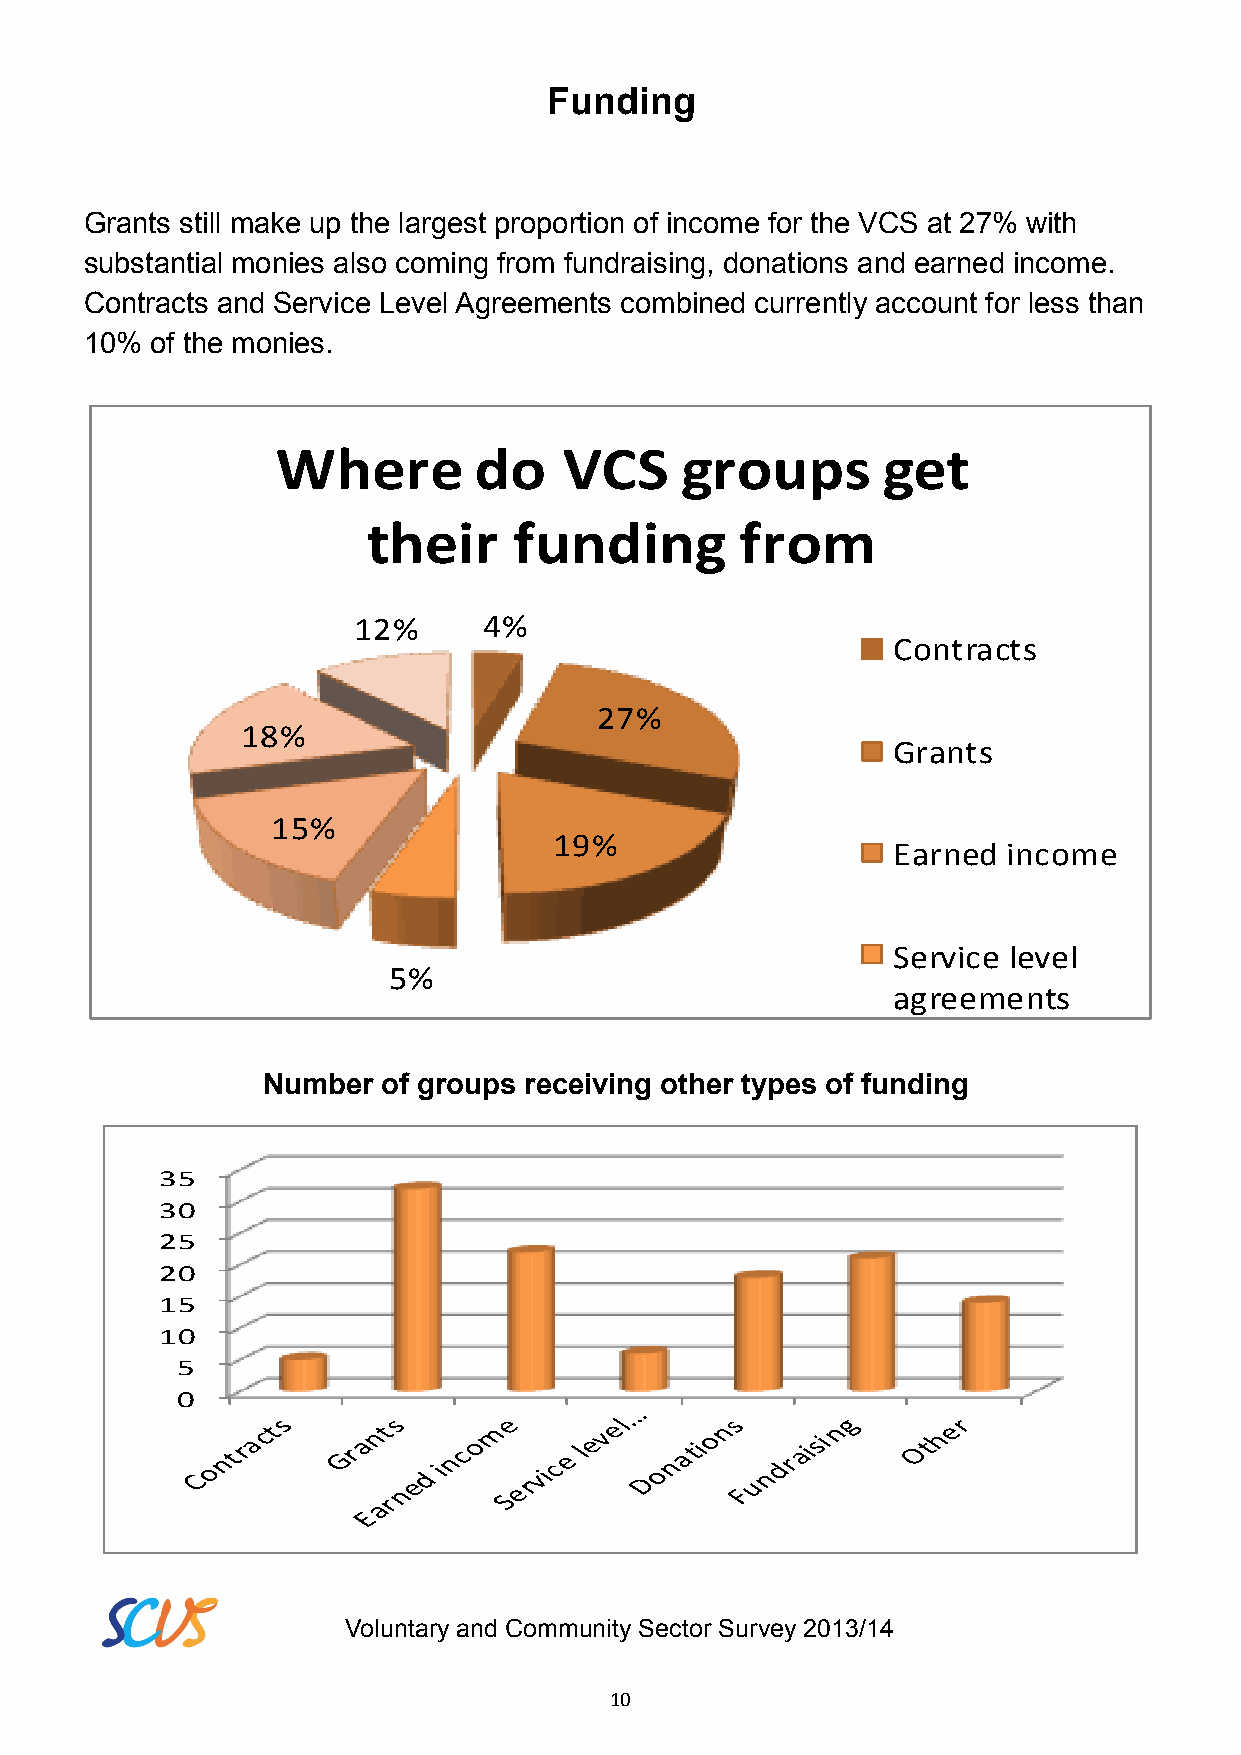
Funding
 Grants still make up the largest proportion of income for the VCS at 27% with
 substantial monies also coming from fundraising, donations and earned income.
 Contracts and Service Level Agreements combined currently account for less than
 10% of the monies.
 Where        do    VCS     groups       get
 their     funding        from
 12%      4%
 Contracts
 27%
 18%
 Grants
 15%
 19%
 Earned  income
 Service level
 5%
 agreements
 Number  of groups receiving other types of funding
 35
 30
 25
 20
 15
 10
 5
 0
 Voluntary and Community Sector Survey 2013/14
 10